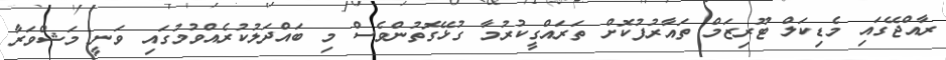
ރާއްޖޭގައި މެޑިކަލް ޓޫރިޒަމް ތައާރުފުކޮށް ތަރައްގީކުރުމާ ގުޅޭގޮތުންވެސް މި ބައްދަލުކުރެއްވުމުގައި ވަނީ މަޝްވަރާ